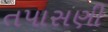
તપાસણી